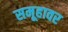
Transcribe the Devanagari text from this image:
समूहावर